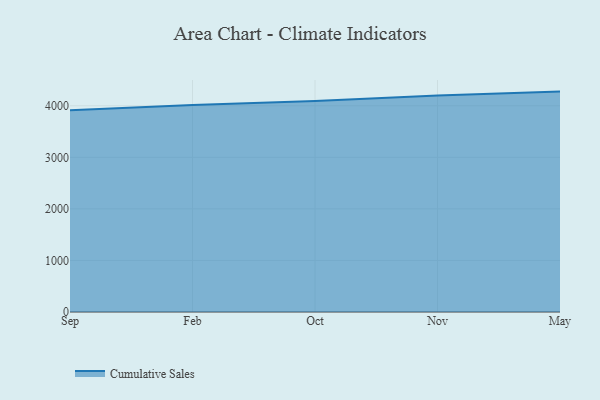
{"axis": {"x": "Month", "y": "Latency (ms)"}, "legend": ["Cumulative Sales"], "data": [{"x": "Sep", "y": 3910.8, "type": "Cumulative Sales"}, {"x": "Feb", "y": 4013.5, "type": "Cumulative Sales"}, {"x": "Oct", "y": 4090.2, "type": "Cumulative Sales"}, {"x": "Nov", "y": 4199.4, "type": "Cumulative Sales"}, {"x": "May", "y": 4274.7, "type": "Cumulative Sales"}]}